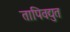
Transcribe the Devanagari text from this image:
तापिवद्युत